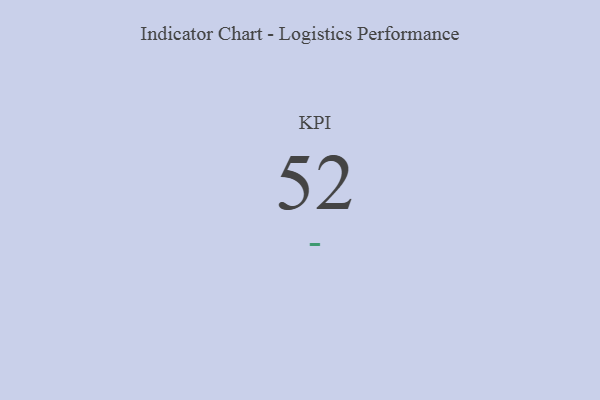
{"axis": {"x": "KPI", "y": "Value"}, "legend": [""], "data": [{"x": "KPI", "y": 52, "type": ""}]}